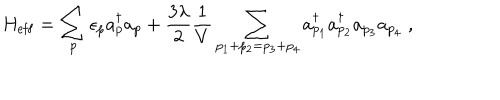
H _ { \mathrm { e f f } } = \sum _ { p } \epsilon _ { p } a _ { p } ^ { \dagger } a _ { p } + \frac { 3 \lambda } 2 \frac 1 V \sum _ { p _ { 1 } + p _ { 2 } = p _ { 3 } + p _ { 4 } } a _ { p _ { 1 } } ^ { \dagger } a _ { p _ { 2 } } ^ { \dagger } a _ { p _ { 3 } } a _ { p _ { 4 } } \; ,